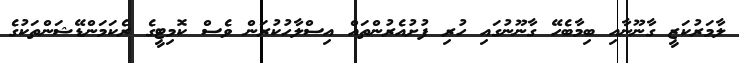
ލާމަރުކަޒީ ގާނޫނާއި ބިމާބެހޭ ގާނޫނުގައި ހުރި ފުށުއެރުންތައް އިސްލާހުކުރަން ވެސް ކޮމިޓީގެ ރެކަމަންޑޭޝަންތަކުގެ